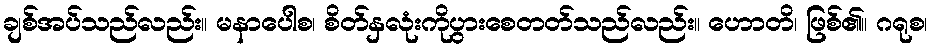
ချစ်အပ်သည်လည်း။ မနာပေါစ၊ စိတ်နှလုံးကိုပွားစေတတ်သည်လည်း။ ဟောတိ၊ ဖြစ်၏။ ဂရုစ၊